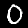
Digit: 0